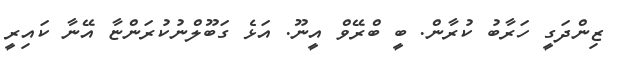
ޒިންދަގީ ހަރާބު ކުރާން. ބީ ބްރޭވް އީނޫ. އަޅެ ގަބޫލްނުކުރަންޏާ އޭނާ ކައިރީ